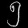
Digit: ၅